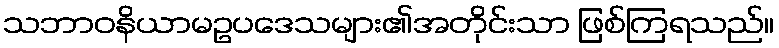
သဘာဝနိယာမဥပဒေသများ၏အတိုင်းသာ ဖြစ်ကြရသည်။